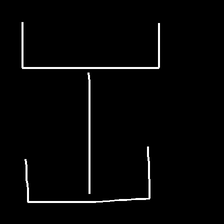
Glyph: entwine